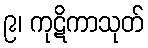
၉၊ ကုဋိကာသုတ်